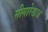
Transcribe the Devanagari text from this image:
सीमारेखअ